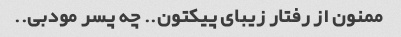
ممنون از رفتار زیبای پیکتون.. چه پسر مودبی..